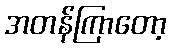
အတန်ကြာတော့